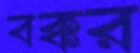
বক্কর